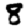
Digit: 8